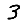
Digit: 3